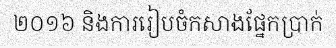
២០១៦ និងការរៀបចំកសាងផ្នែកប្រាក់